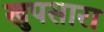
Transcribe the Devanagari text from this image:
खुपसारा